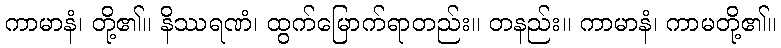
ကာမာနံ၊ တို့၏။ နိဿရဏံ၊ ထွက်မြောက်ရာတည်း။ တနည်း။ ကာမာနံ၊ ကာမတို့၏။